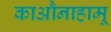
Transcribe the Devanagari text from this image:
काऔनाहामू